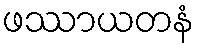
ဖဿာယတနံ